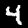
Label: 4